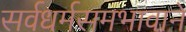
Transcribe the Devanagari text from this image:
सर्वधर्मसमभावाने